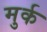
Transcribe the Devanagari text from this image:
मुर्क